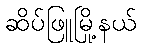
ဆိပ်ဖြူမြို့နယ်